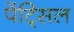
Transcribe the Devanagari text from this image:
पेंट्सिल